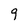
Character: 9